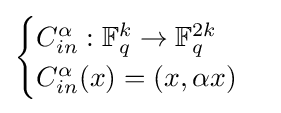
{\begin{cases}C_{in}^{\alpha }:\mathbb {F} _{q}^{k}\to \mathbb {F} _{q}^{2k}\\C_{in}^{\alpha }(x)=(x,\alpha x)\end{cases}}